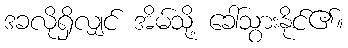
ဒခလိုရှိလျှင် အိမ်သို့ ခေါ်သွားနိုင်၏။